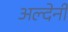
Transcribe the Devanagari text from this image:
अल्देर्नी